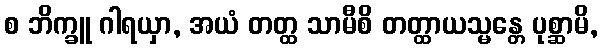
စ ဘိက္ခူ ဂါရယှာ, အယံ တတ္ထ သာမီစိ တတ္ထာယသ္မန္တေ ပုစ္ဆာမိ,